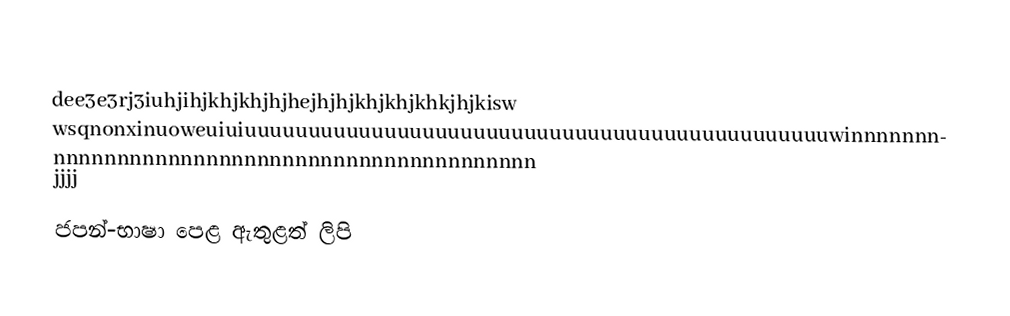
dee3e3rj3iuhjihjkhjkhjhjhejhjhjkhjkhjkhkjhjkisw wsqnonxinuoweuiuiuuuuuuuuuuuuuuuuuuuuuuuuuuuuuuuuuuuuuuuuuuuuuuwinnnnnnnnnnnnnnnnnnnnnnnnnnnnnnnnnnnnnnnnnnnnn                              jjjj
ජපන්-භාෂා පෙළ ඇතුළත් ලිපි